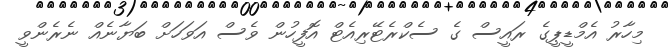
މިހާރު އެމްޑީޕީގެ ރައީސް ގެ ސެކްރެޓޭރިއެޓް އޮފީހުން ވެސް އަވަހަށް ބަޔާނެއް ނެރެންވީ